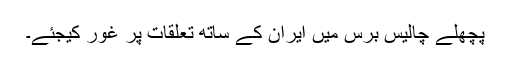
پچھلے چالیس برس میں ایران کے ساتھ تعلقات پر غور کیجئے۔